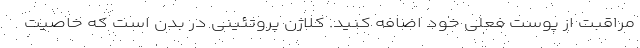
مراقبت از پوست فعلی خود اضافه کنید. کلاژن پروتئینی در بدن است که خاصیت